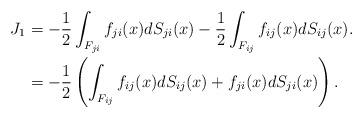
LaTeX: \begin{align*}J_{1} & =-\frac{1}{2}\int_{F_{ji}}f_{ji}(x)dS_{ji}(x)-\frac{1}{2}\int_{F_{ij}}f_{ij}(x)dS_{ij}(x). \\ & =-\frac{1}{2}\left(\int_{F_{ij}}f_{ij}(x)dS_{ij}(x)+f_{ji}(x)dS_{ji}(x)\right).\end{align*}